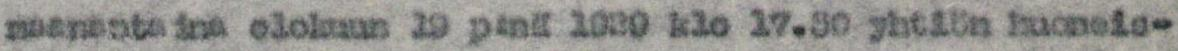
maanantaina elokuun 19 p:nä 1929 klo 17.30 yhtiön huoneis-